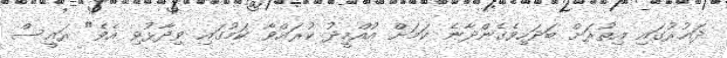
ދައުރުގައި އިތުރަށް ބަދަހިވެގެންދާނެ ކަމަށް އުއްމީދު ކުރައްވާ ކަމުގައި ވިދާޅުވި އެވެ" ރައީސް